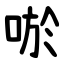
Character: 唹